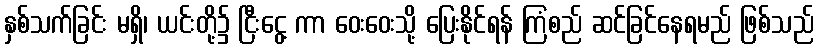
နှစ်သက်ခြင်း မရှိ၊ ယင်းတို့၌ ငြီးငွေ့ ကာ ဝေးဝေးသို့ ပြေးနိုင်ရန် ကြံစည် ဆင်ခြင်နေရမည် ဖြစ်သည်